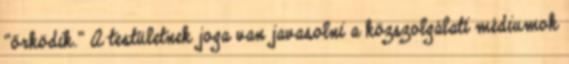
“őrködik.” A testületnek joga van javasolni a közszolgálati médiumok